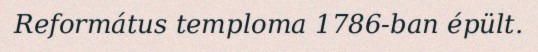
Református temploma 1786-ban épült.